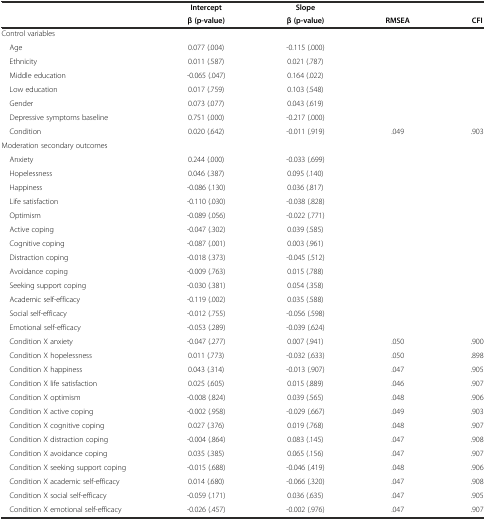
<table><thead><tr><td></td><td><b>Intercept</b></td><td><b>Slope</b></td><td></td><td></td></tr><tr><td></td><td><b>β (p-value)</b></td><td><b>β (p-value)</b></td><td><b>RMSEA</b></td><td><b>CFI</b></td></tr></thead><tbody><tr><td>Control variables</td><td colspan="4"></td></tr><tr><td> Age</td><td>0.077 (.004)</td><td>-0.115 (.000)</td><td></td><td></td></tr><tr><td> Ethnicity</td><td>0.011 (.587)</td><td>0.021 (.787)</td><td></td><td></td></tr><tr><td> Middle education</td><td>-0.065 (.047)</td><td>0.164 (.022)</td><td></td><td></td></tr><tr><td> Low education</td><td>0.017 (.759)</td><td>0.103 (.548)</td><td></td><td></td></tr><tr><td> Gender</td><td>0.073 (.077)</td><td>0.043 (.619)</td><td></td><td></td></tr><tr><td> Depressive symptoms baseline</td><td>0.751 (.000)</td><td>-0.217 (.000)</td><td></td><td></td></tr><tr><td> Condition</td><td>0.020 (.642)</td><td>-0.011 (.919)</td><td>.049</td><td>.903</td></tr><tr><td>Moderation secondary outcomes</td><td colspan="4"></td></tr><tr><td> Anxiety</td><td>0.244 (.000)</td><td>-0.033 (.699)</td><td></td><td></td></tr><tr><td> Hopelessness</td><td>0.046 (.387)</td><td>0.095 (.140)</td><td></td><td></td></tr><tr><td> Happiness</td><td>-0.086 (.130)</td><td>0.036 (.817)</td><td></td><td></td></tr><tr><td> Life satisfaction</td><td>-0.110 (.030)</td><td>-0.038 (.828)</td><td></td><td></td></tr><tr><td> Optimism</td><td>-0.089 (.056)</td><td>-0.022 (.771)</td><td></td><td></td></tr><tr><td> Active coping</td><td>-0.047 (.302)</td><td>0.039 (.585)</td><td></td><td></td></tr><tr><td> Cognitive coping</td><td>-0.087 (.001)</td><td>0.003 (.961)</td><td></td><td></td></tr><tr><td> Distraction coping</td><td>-0.018 (.373)</td><td>-0.045 (.512)</td><td></td><td></td></tr><tr><td> Avoidance coping</td><td>-0.009 (.763)</td><td>0.015 (.788)</td><td></td><td></td></tr><tr><td> Seeking support coping</td><td>-0.030 (.381)</td><td>0.054 (.358)</td><td></td><td></td></tr><tr><td> Academic self-efficacy</td><td>-0.119 (.002)</td><td>0.035 (.588)</td><td></td><td></td></tr><tr><td> Social self-efficacy</td><td>-0.012 (.755)</td><td>-0.056 (.598)</td><td></td><td></td></tr><tr><td> Emotional self-efficacy</td><td>-0.053 (.289)</td><td>-0.039 (.624)</td><td></td><td></td></tr><tr><td> Condition X anxiety</td><td>-0.047 (.277)</td><td>0.007 (.941)</td><td>.050</td><td>.900</td></tr><tr><td> Condition X hopelessness</td><td>0.011 (.773)</td><td>-0.032 (.633)</td><td>.050</td><td>.898</td></tr><tr><td> Condition X happiness</td><td>0.043 (.314)</td><td>-0.013 (.907)</td><td>.047</td><td>.905</td></tr><tr><td> Condition X life satisfaction</td><td>0.025 (.605)</td><td>0.015 (.889)</td><td>.046</td><td>.907</td></tr><tr><td> Condition X optimism</td><td>-0.008 (.824)</td><td>0.039 (.565)</td><td>.048</td><td>.906</td></tr><tr><td> Condition X active coping</td><td>-0.002 (.958)</td><td>-0.029 (.667)</td><td>.049</td><td>.903</td></tr><tr><td> Condition X cognitive coping</td><td>0.027 (.376)</td><td>0.019 (.768)</td><td>.048</td><td>.907</td></tr><tr><td> Condition X distraction coping</td><td>-0.004 (.864)</td><td>0.083 (.145)</td><td>.047</td><td>.908</td></tr><tr><td> Condition X avoidance coping</td><td>0.035 (.385)</td><td>0.065 (.156)</td><td>.047</td><td>.907</td></tr><tr><td> Condition X seeking support coping</td><td>-0.015 (.688)</td><td>-0.046 (.419)</td><td>.048</td><td>.906</td></tr><tr><td> Condition X academic self-efficacy</td><td>0.014 (.680)</td><td>-0.066 (.320)</td><td>.047</td><td>.908</td></tr><tr><td> Condition X social self-efficacy</td><td>-0.059 (.171)</td><td>0.036 (.635)</td><td>.047</td><td>.905</td></tr><tr><td> Condition X emotional self-efficacy</td><td>-0.026 (.457)</td><td>-0.002 (.976)</td><td>.047</td><td>.907</td></tr></tbody></table>